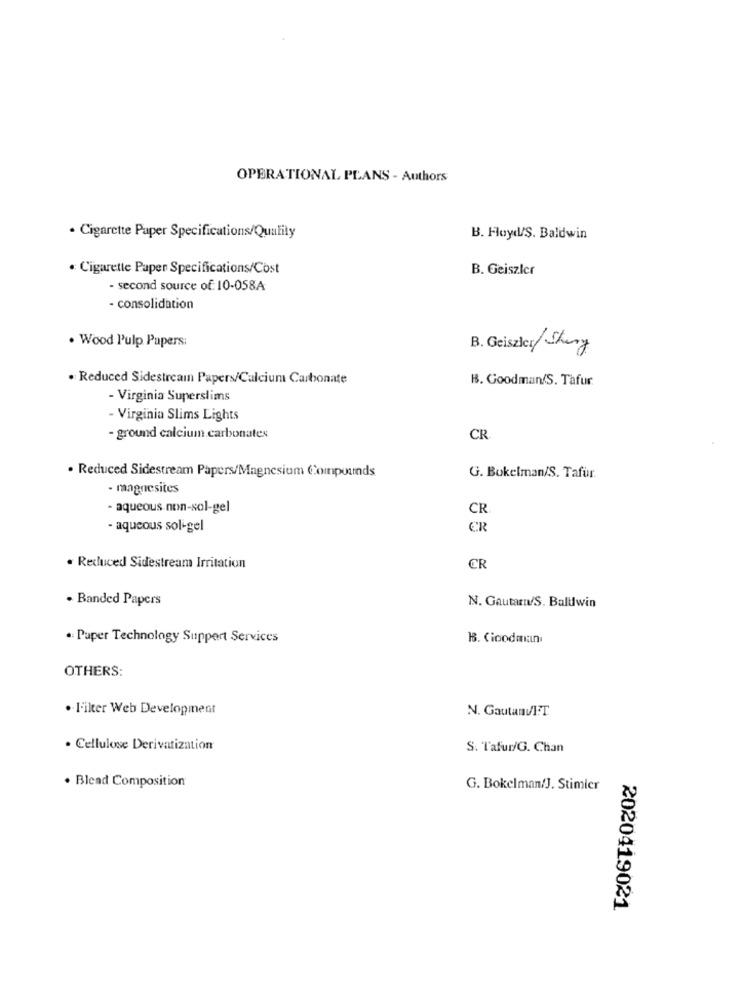
OPERATIONAL PLANS - Authors
· Cigarette Paper Specifications/Quality
B. Floyd/S. Baldwin
. Cigarette Paper Specifications/Cost
B. Geiszler
- second source of: 10-058A
- consolidation
. Wood Pulp Papers:
B. Geiszler/Stury
· Reduced Sidestream Papers/Calcium Carbonate
B. Goodman/S. Tafur
- Virginia Superslims
- Virginia Slims Lights
- ground calcium carbonates
CR
. Reduced Sidestream Papers/Magnesium Compounds
G. Bokelman/S. Tafür.
- magnesites
- aqueous non-sol-gel
CR
- aqueous sol-gel
CR
· Reduced Sidestream Irritation
CR
. Banded Papers
N. Gautam/S. Baldwin
. Paper Technology Suppert Services
1. Cioodmian
OTHERS:
. Filter Web Development
N. GautamvI.T
. Cellulose Derivatization
S. Tafur/G. Chan
· Blead Composition
G. Bokelman/J. Stimicr
2020419021